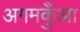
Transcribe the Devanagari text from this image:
अगमकुँआ